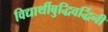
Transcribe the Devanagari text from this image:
विद्यार्थीबुद्धिवर्द्धिनी